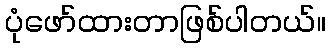
ပုံဖော်ထားတာဖြစ်ပါတယ်။